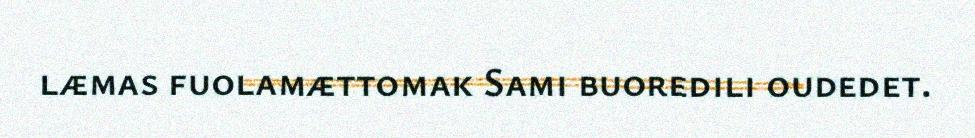
læmas fuolamættomak Sami buoredili oudedet.